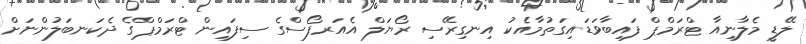
ލޭޑީ މެލާނިއާ ޓްރަމްޕް ފައިބާވަޑައިގަތުމާއެކު އިނގިރޭސި ރޯޔަލް އެއަރފޯސްގެ ސިފައިން ޓްރަމްޕްގެ ދެކަނބަލުންނަށް